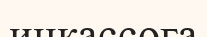
инкассоға